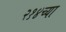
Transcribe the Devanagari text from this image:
२१४च्या